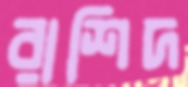
রাশিদ